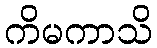
ကိမကာသိ